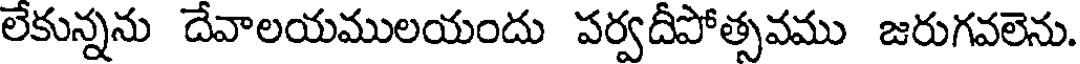
లేకున్నను దేవాలయములయందు పర్వదీపోత్సవము జరుగవలెను.